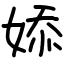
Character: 婖